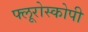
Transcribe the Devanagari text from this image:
फ्लूरोस्कोपी